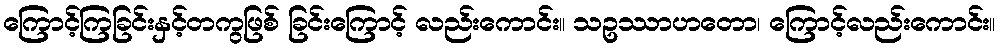
ကြောင့်ကြခြင်းနှင့်တကွဖြစ် ခြင်းကြောင့် လည်းကောင်း။ သဥဿာဟတော၊ ကြောင့်လည်းကောင်း။